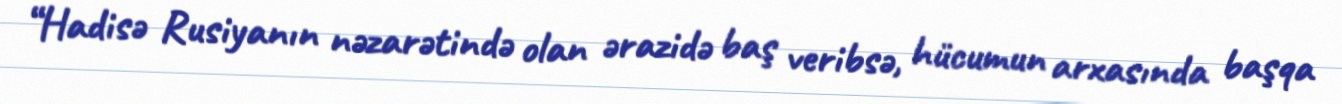
“Hadisə Rusiyanın nəzarətində olan ərazidə baş veribsə, hücumun arxasında başqa